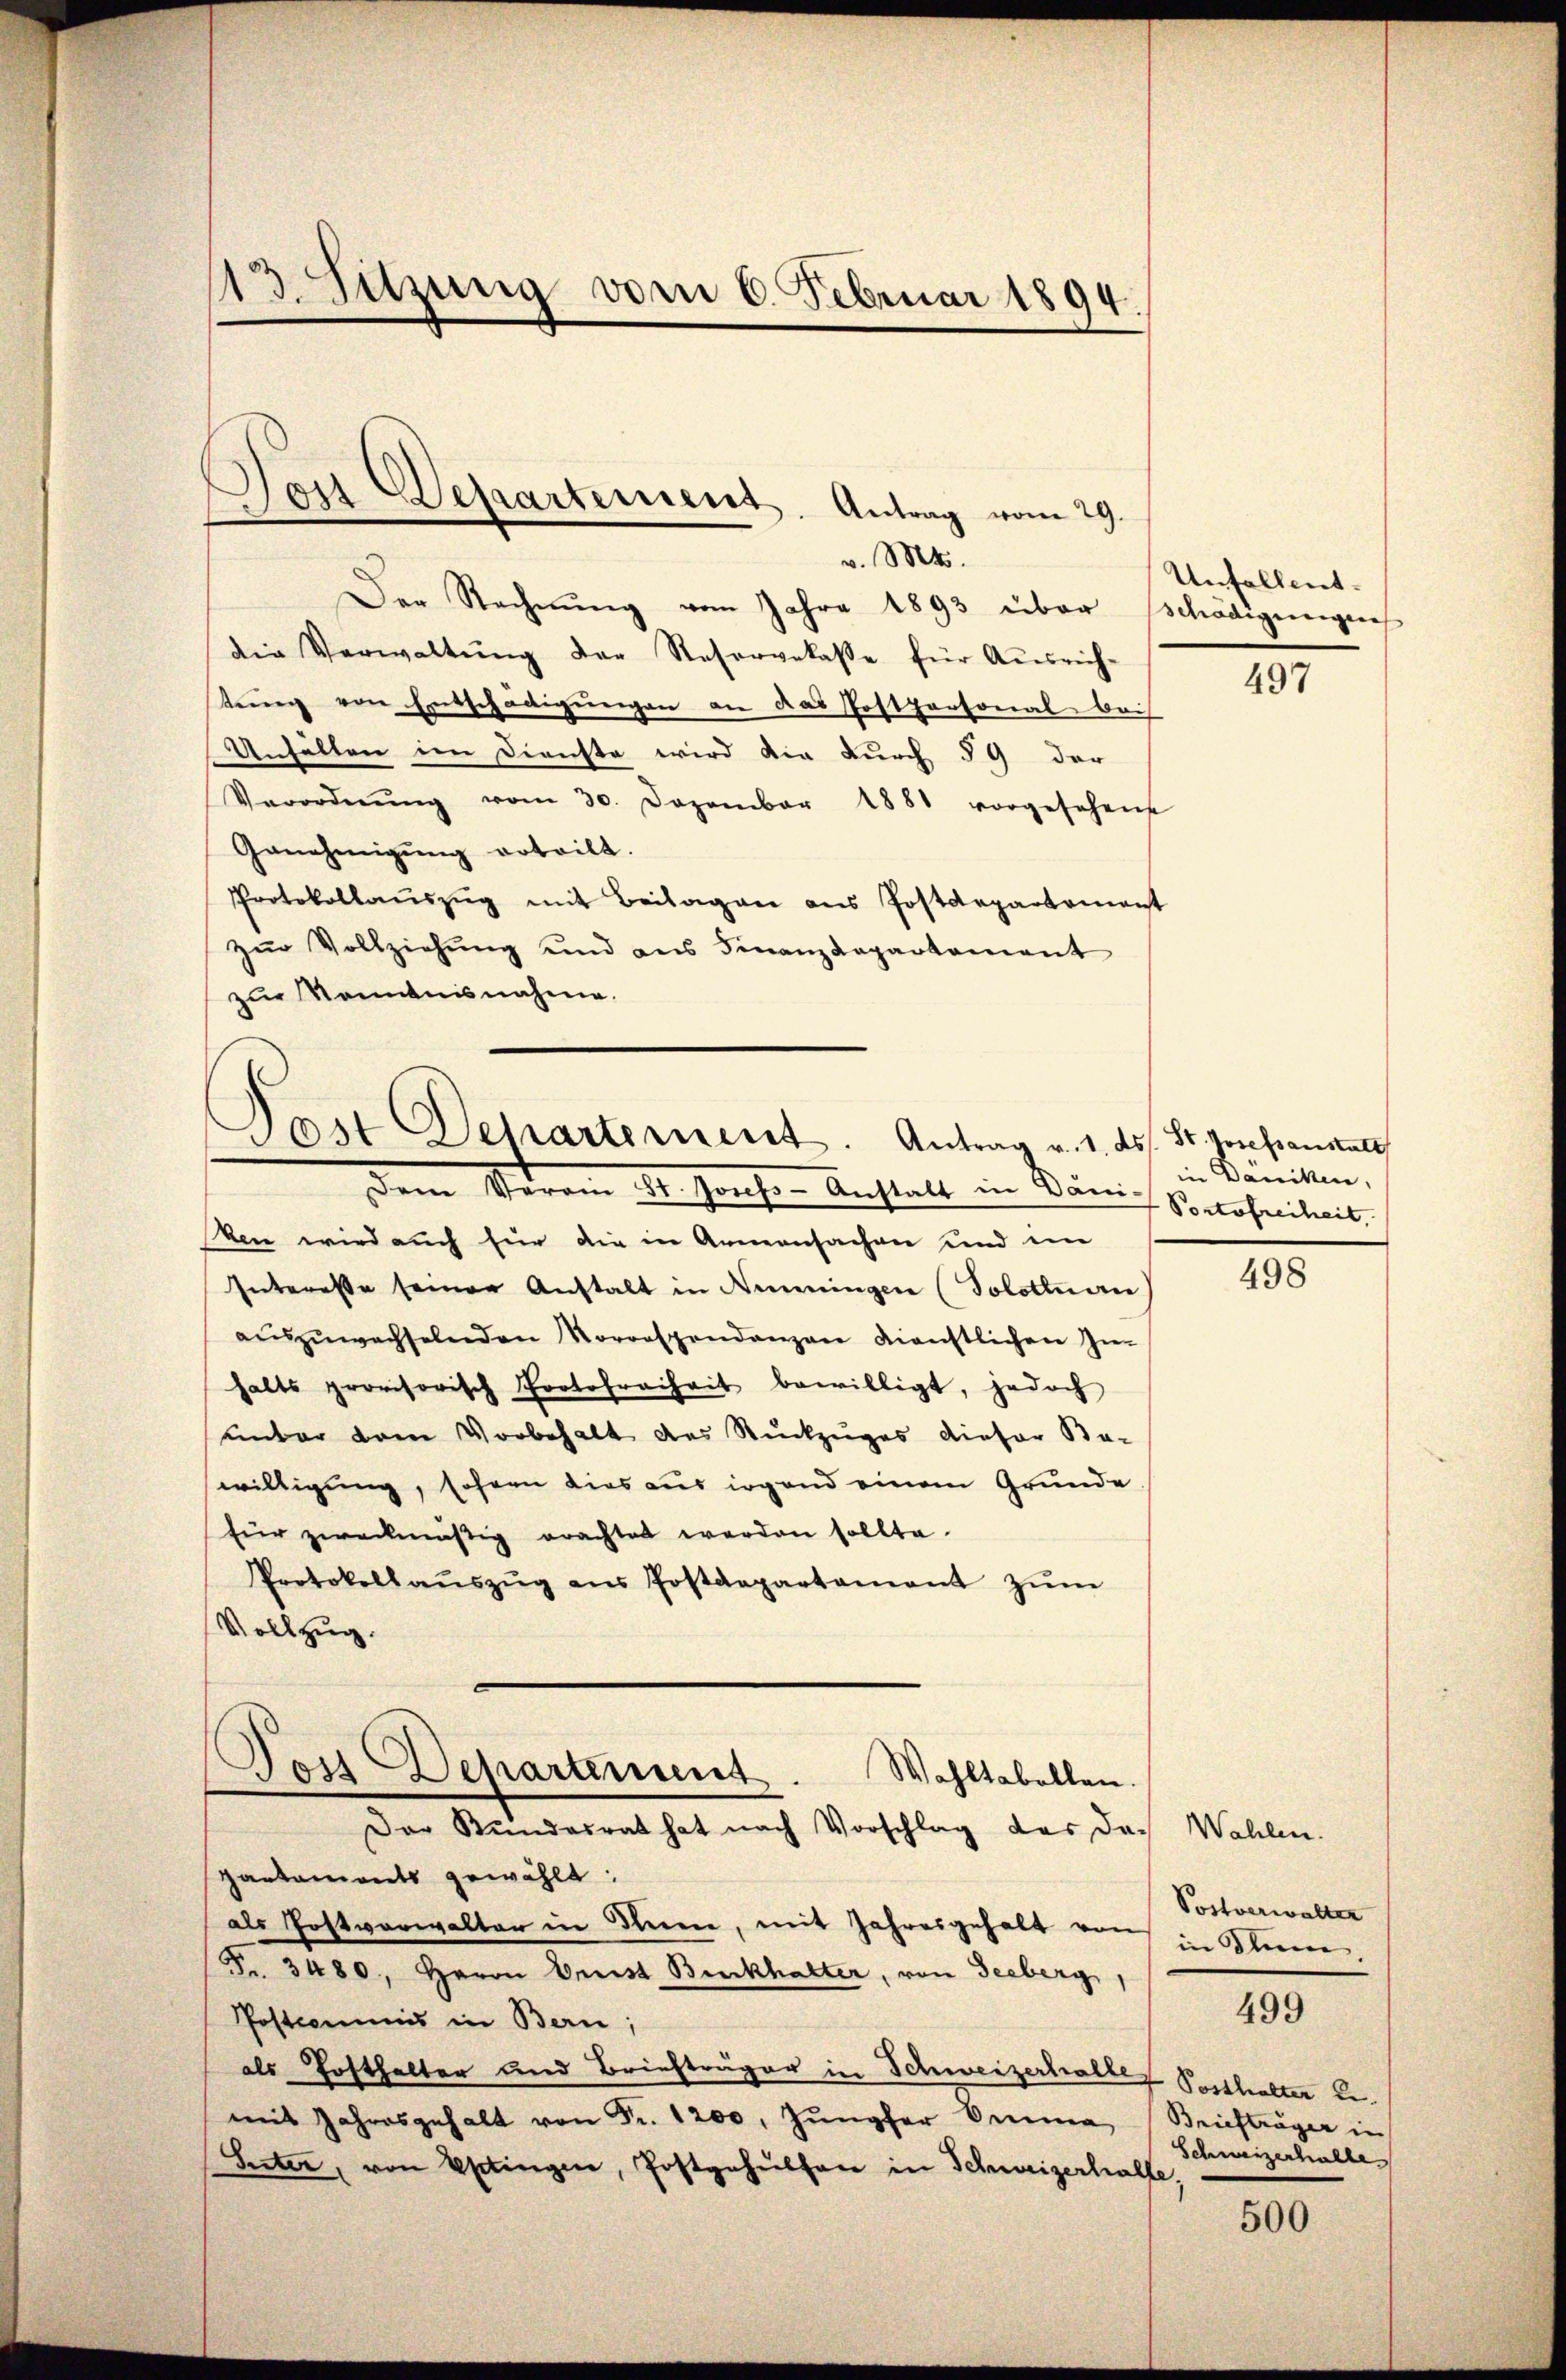
v. Mts.
Der Rechnung vom Jahre 1893 über schädigungen
die Verwaltŭng der Resorgelasse für Aŭsrich-
tung von Entschädigungen an das Postpersonal beis
Unfällen im Dienste wird die durch 59 der
Verordnŭng vom 30. Dezember 1881 vorgesehene
Genehmigŭng erteilt.
Protokollaŭszŭg mit Beilagen ans Postdepartement
zŭr Vollziehŭng und ans Finanzdepartement
zur Kenntnisnahme.

sten wird auch für die in Armensachen und im
Interesse seiner Anstalt in denningen (Solottuan
auszuwechselnden Vorrespendanzen dienstlichen Im
halts provisorisch Portofreiheit bewilligt, jedoch
unter dem Vorbehalt des Rückzuges dieser Be-
willigung, sofern dies aus irgend einem Grunde
für zweckmäßig erachtet werden sollte.
Protokollaŭszŭg ans Postdepartament zŭm
Vollzug.
Toss Departement.
Wahltabellen.
Der Kundesrat hat nach Vorschlag des doch Wahlen.
partaments gewählt:
als Postverwalter in Seien, mit Jahresgehalt von in Klein,
Fr. 3480, Herrn Verst Burckhalter, von Seeberg,
Postcommis in Bern;
als Hofthalter und Briefträger in Schweizerhalter Posthalter bemit Jahresgehalt von Fr. 1200. Jŭngfer Anna Briefträger in
Seiten, von Petingen, Postgehülfen in Schweizerhalte

113. Sitzung vom 6. Februar 1894.

Von Departement. Antrag vom 29.

Dost Departement. Antrag v. 1. ds. St. Josefanstalt
dem Veran als Grafen Anstalt in Kreis zu Rosenileit

Unfallent.

497

in Däniken,

498

Postverwalter

499

Schweizerhalte

500